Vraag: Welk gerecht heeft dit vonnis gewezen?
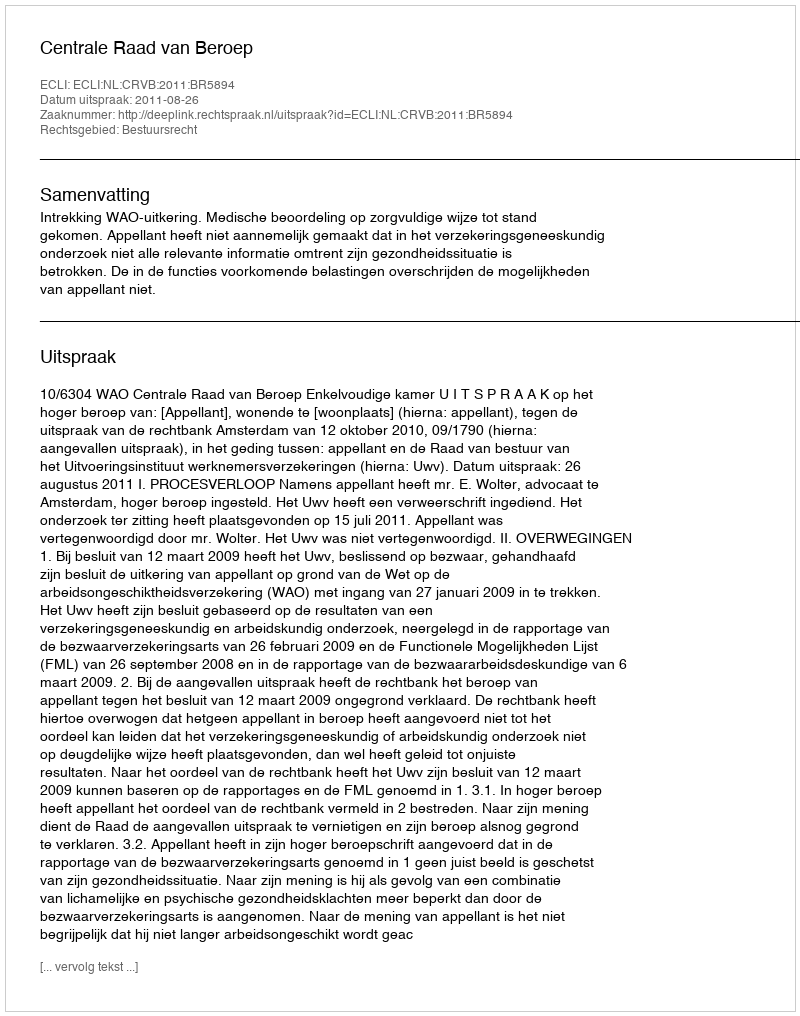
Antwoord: Centrale Raad van Beroep